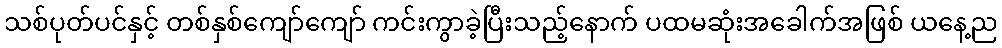
သစ်ပုတ်ပင်နှင့် တစ်နှစ်ကျော်ကျော် ကင်းကွာခဲ့ပြီးသည့်နောက် ပထမဆုံးအခေါက်အဖြစ် ယနေ့ည